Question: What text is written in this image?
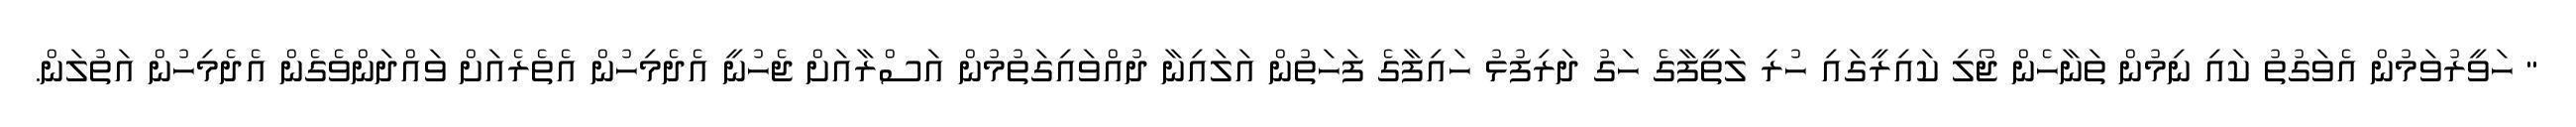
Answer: " ހަވީރުވަމުން އެވަގުތު ކައި ނިމުން ތަނާހެން ޖޯލި ކައިރީގައި ހުރި ލަތީފާގެ ހަގު ދަރިފުޅު ހައިފާގެ ފަހަތުން އަލައިނާ ދުއްވައިގަތުމުން އަސްރާއަށް ޖެހުނީ އެދެމިހުން އެތެރެއަށް ވައްދަންވެގެން އެދެމިހުން އަތުލަން.